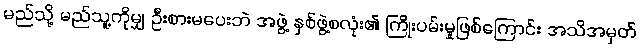
မည်သို့ မည်သူ့ကိုမျှ ဦးစားမပေးဘဲ အဖွဲ့ နှစ်ဖွဲ့စလုံး၏ ကြိုးပမ်းမှုဖြစ်ကြောင်း အသိအမှတ်